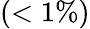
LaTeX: (<1\% )